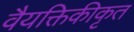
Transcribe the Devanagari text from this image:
वैयक्तिकीकृत